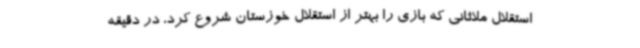
استقلال ملاثانی که بازی را بهتر از استقلال خوزستان شروع کرد، در دقیقه